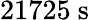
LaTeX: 21725\ \mathrm{s}